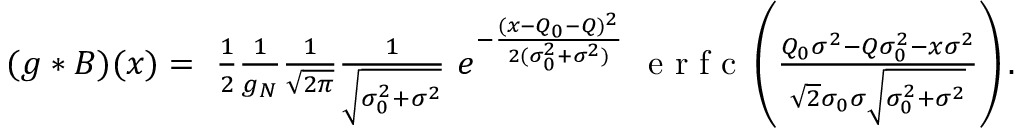
\begin{array} { r } { ( g * B ) ( x ) = \ \frac { 1 } { 2 } \frac { 1 } { g _ { N } } \frac { 1 } { \sqrt { 2 \pi } } \frac { 1 } { \sqrt { \sigma _ { 0 } ^ { 2 } + \sigma ^ { 2 } } } \ e ^ { - \frac { ( x - Q _ { 0 } - Q ) ^ { 2 } } { 2 ( \sigma _ { 0 } ^ { 2 } + \sigma ^ { 2 } ) } } \ \mathrm { ~ e ~ r ~ f ~ c ~ } \left( \frac { Q _ { 0 } \sigma ^ { 2 } - Q \sigma _ { 0 } ^ { 2 } - x \sigma ^ { 2 } } { \sqrt { 2 } \sigma _ { 0 } \sigma \sqrt { \sigma _ { 0 } ^ { 2 } + \sigma ^ { 2 } } } \right) . } \end{array}